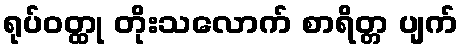
ရုပ်ဝတ္ထု တိုးသလောက် စာရိတ္တ ပျက်